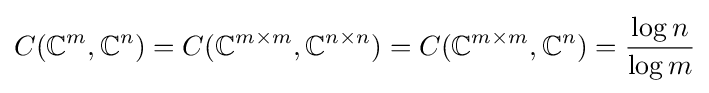
C(\mathbb {C} ^{m},\mathbb {C} ^{n})=C(\mathbb {C} ^{m\times m},\mathbb {C} ^{n\times n})=C(\mathbb {C} ^{m\times m},\mathbb {C} ^{n})={\frac {\log n}{\log m}}